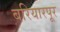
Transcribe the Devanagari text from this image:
बरियारपूर